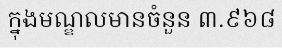
ក្នុងមណ្ឌលមានចំនួន ៣.៩៦៨